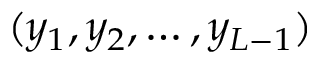
( y _ { 1 } , y _ { 2 } , \dots , y _ { { \cal L } - 1 } )